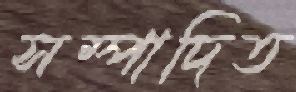
সম্পাদিত